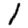
Digit: 1